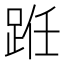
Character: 𫏊